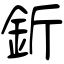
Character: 釿